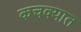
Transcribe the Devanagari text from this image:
कचक्यात